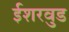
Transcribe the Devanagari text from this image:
ईशरवुड